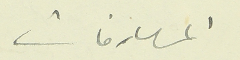
المصارفات